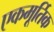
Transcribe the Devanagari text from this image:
एकमूर्तिक